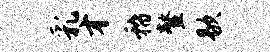
乳才稽鳌歇